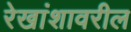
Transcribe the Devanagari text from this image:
रेखांशावरील